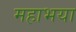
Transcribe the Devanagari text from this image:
महाभया